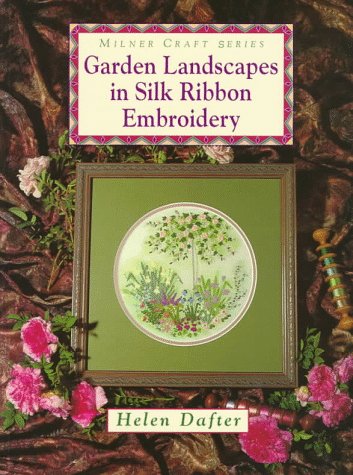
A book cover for Garden Landscapes in Silk Ribbon Embroidery (Milner Craft Series); Helen Dafter; Crafts, Hobbies & Home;